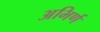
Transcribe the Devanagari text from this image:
अभिर्ण